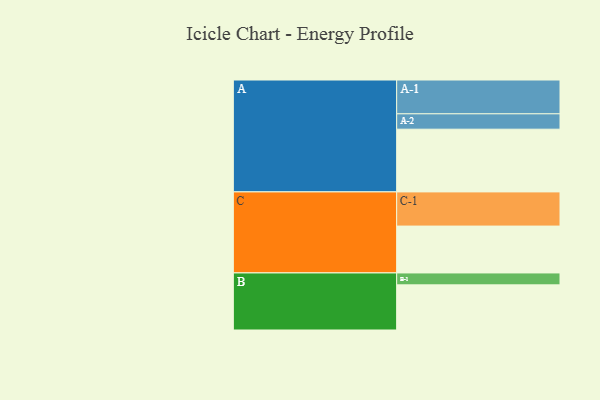
{"axis": {"x": "Segment", "y": "Value"}, "legend": ["", "A", "B", "C"], "data": [{"x": "A", "y": 510, "type": ""}, {"x": "B", "y": 367, "type": ""}, {"x": "C", "y": 381, "type": ""}, {"x": "A-1", "y": 275, "type": "A"}, {"x": "A-2", "y": 125, "type": "A"}, {"x": "B-1", "y": 97, "type": "B"}, {"x": "C-1", "y": 278, "type": "C"}]}